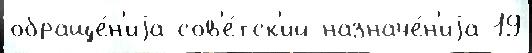
обраще́н'иjа сов'е́тск'ий назначе́н'иjа 19